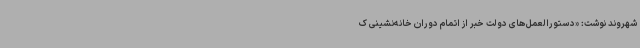
شهروند نوشت: «دستورالعمل‌های دولت خبر از اتمام دوران خانه‌نشینی ک